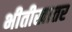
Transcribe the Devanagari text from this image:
भीतीखातर